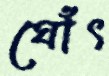
ঘোঁৎ